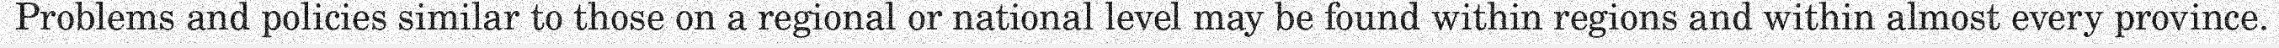
Problems and policies similar to those on a regional or national level may be found within regions and within almost every province.